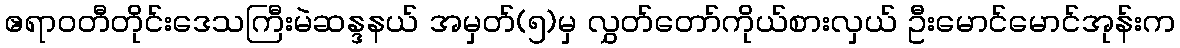
ဧရာဝတီတိုင်းဒေသကြီးမဲဆန္ဒနယ် အမှတ်(၅)မှ လွှတ်တော်ကိုယ်စားလှယ် ဦးမောင်မောင်အုန်းက